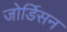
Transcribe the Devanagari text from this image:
जोर्डिसन